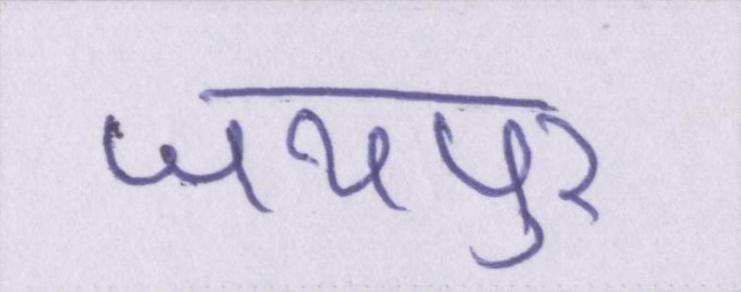
जयपुर